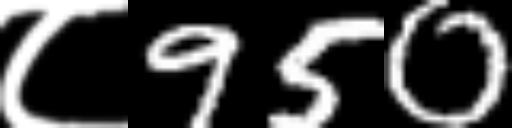
Text: ८950